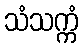
သံသက္ကံ